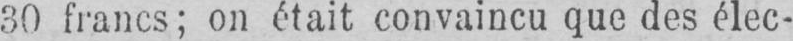
30 francs; on était convaincu que des élec-